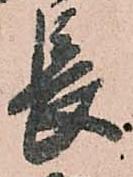
長